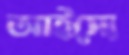
আইস্যে